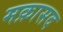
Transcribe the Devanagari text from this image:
मक़ासद